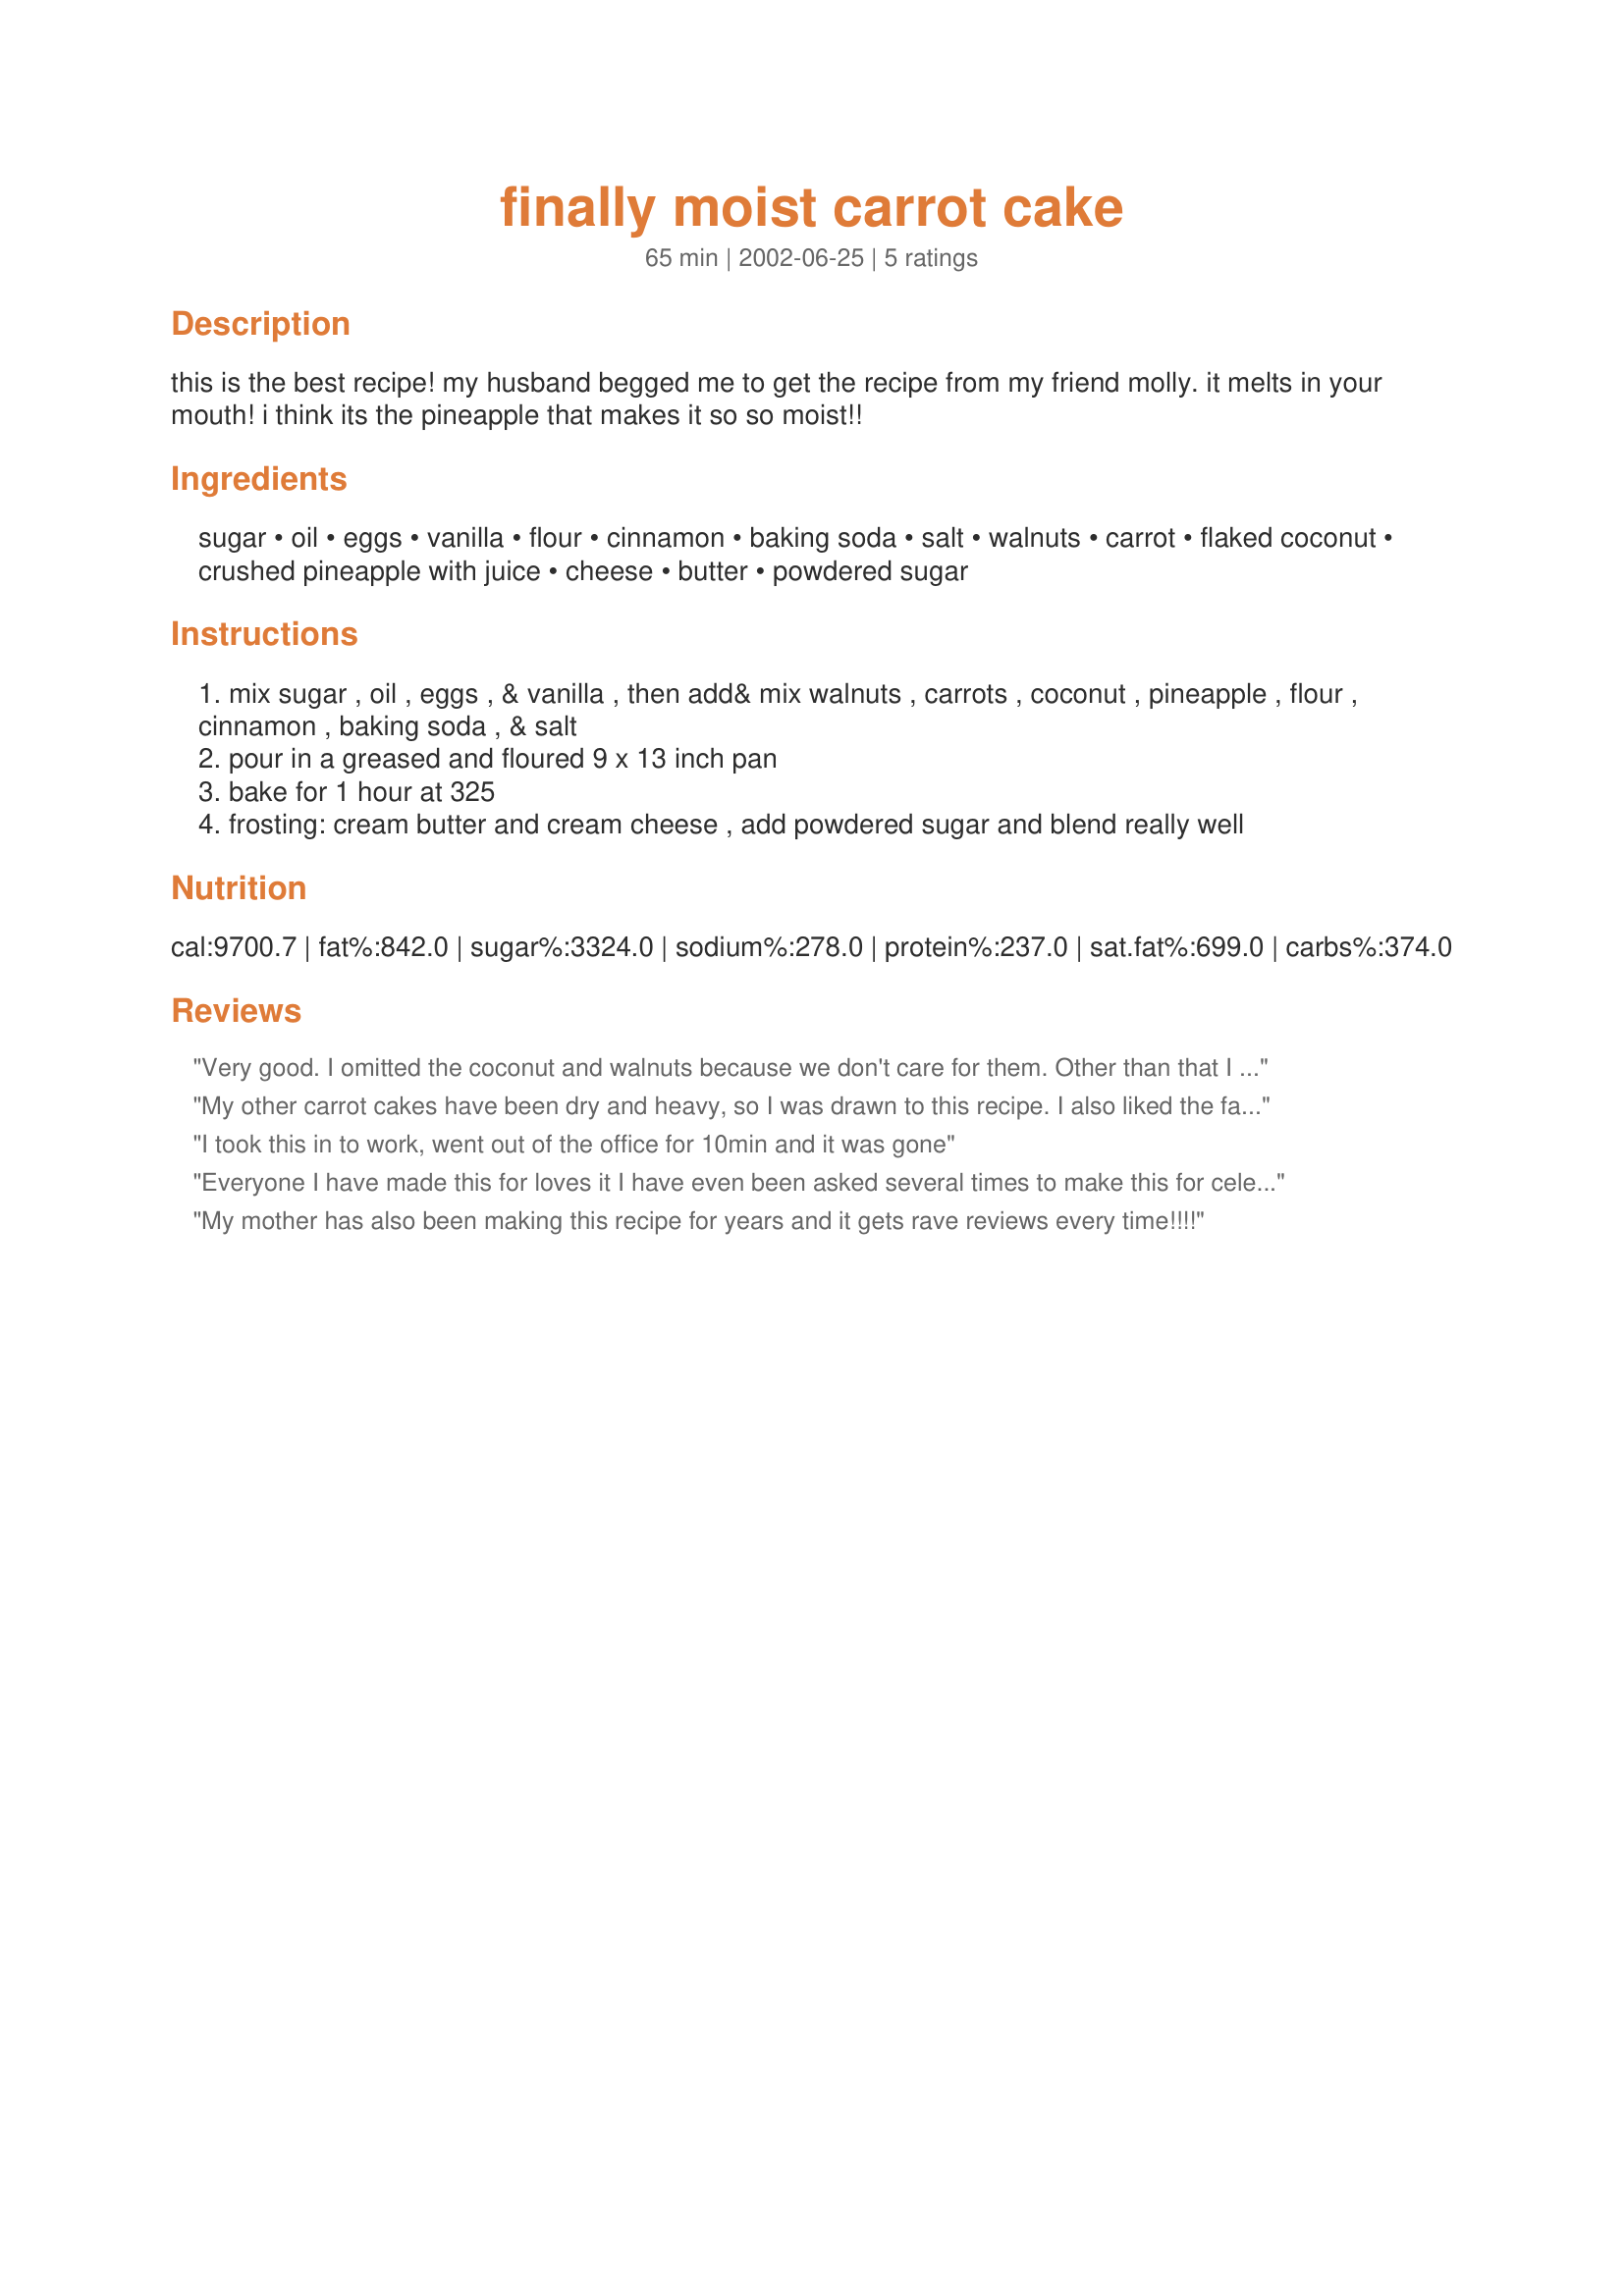
finally moist carrot cake
Preparation time: 65 minutes

this is the best recipe! my husband begged me to get the recipe from my friend molly. it melts in your mouth! i think its the pineapple that makes it so so moist!!

Ingredients:
sugar, oil, eggs, vanilla, flour, cinnamon, baking soda, salt, walnuts, carrot, flaked coconut, crushed pineapple with juice, cheese, butter, powdered sugar

Steps:
mix sugar , oil , eggs , & vanilla , then add& mix walnuts , carrots , coconut , pineapple , flour , cinnamon , baking soda , & salt
pour in a greased and floured 9 x 13 inch pan
bake for 1 hour at 325
frosting: cream butter and cream cheese , add powdered sugar and blend really well

Reviews:
Very good. I omitted the coconut and walnuts because we don't care for them. Other than that I made the recipe as is. It was easy to follow and easy to bake. It definantly needs to cook like the directions state. I will make this again. Thank you.
My other carrot cakes have been dry and heavy, so I was drawn to this recipe. I also liked the fact that the juice of the pineapples is included, since most carrot cake recipes leave them out. This recipe definitely lives up to its name because it is moist and flavorful. It's quite a substantial cake - not fluffy and light. I recommend baking it for the required time. I only made half a recipe and baked it for 45 minutes, but it was still a bit underbaked, even if a toothpick inserted in the center came out clean.
I took this in to work, went out of the office for 10min and it was gone
Everyone I have made this for loves it I have even been asked several times to make this for celebrations. Another thing I have found great about this cake It turns out just the same made Gluten Free (I have one very happy mother in law to prove it:)
My mother has also been making this recipe for years and it gets rave reviews every time!!!!
